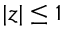
| z | \leq 1